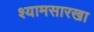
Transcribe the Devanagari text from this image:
श्यामसारखा